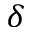
\delta